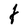
Character: t